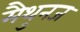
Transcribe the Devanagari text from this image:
मैथुनज